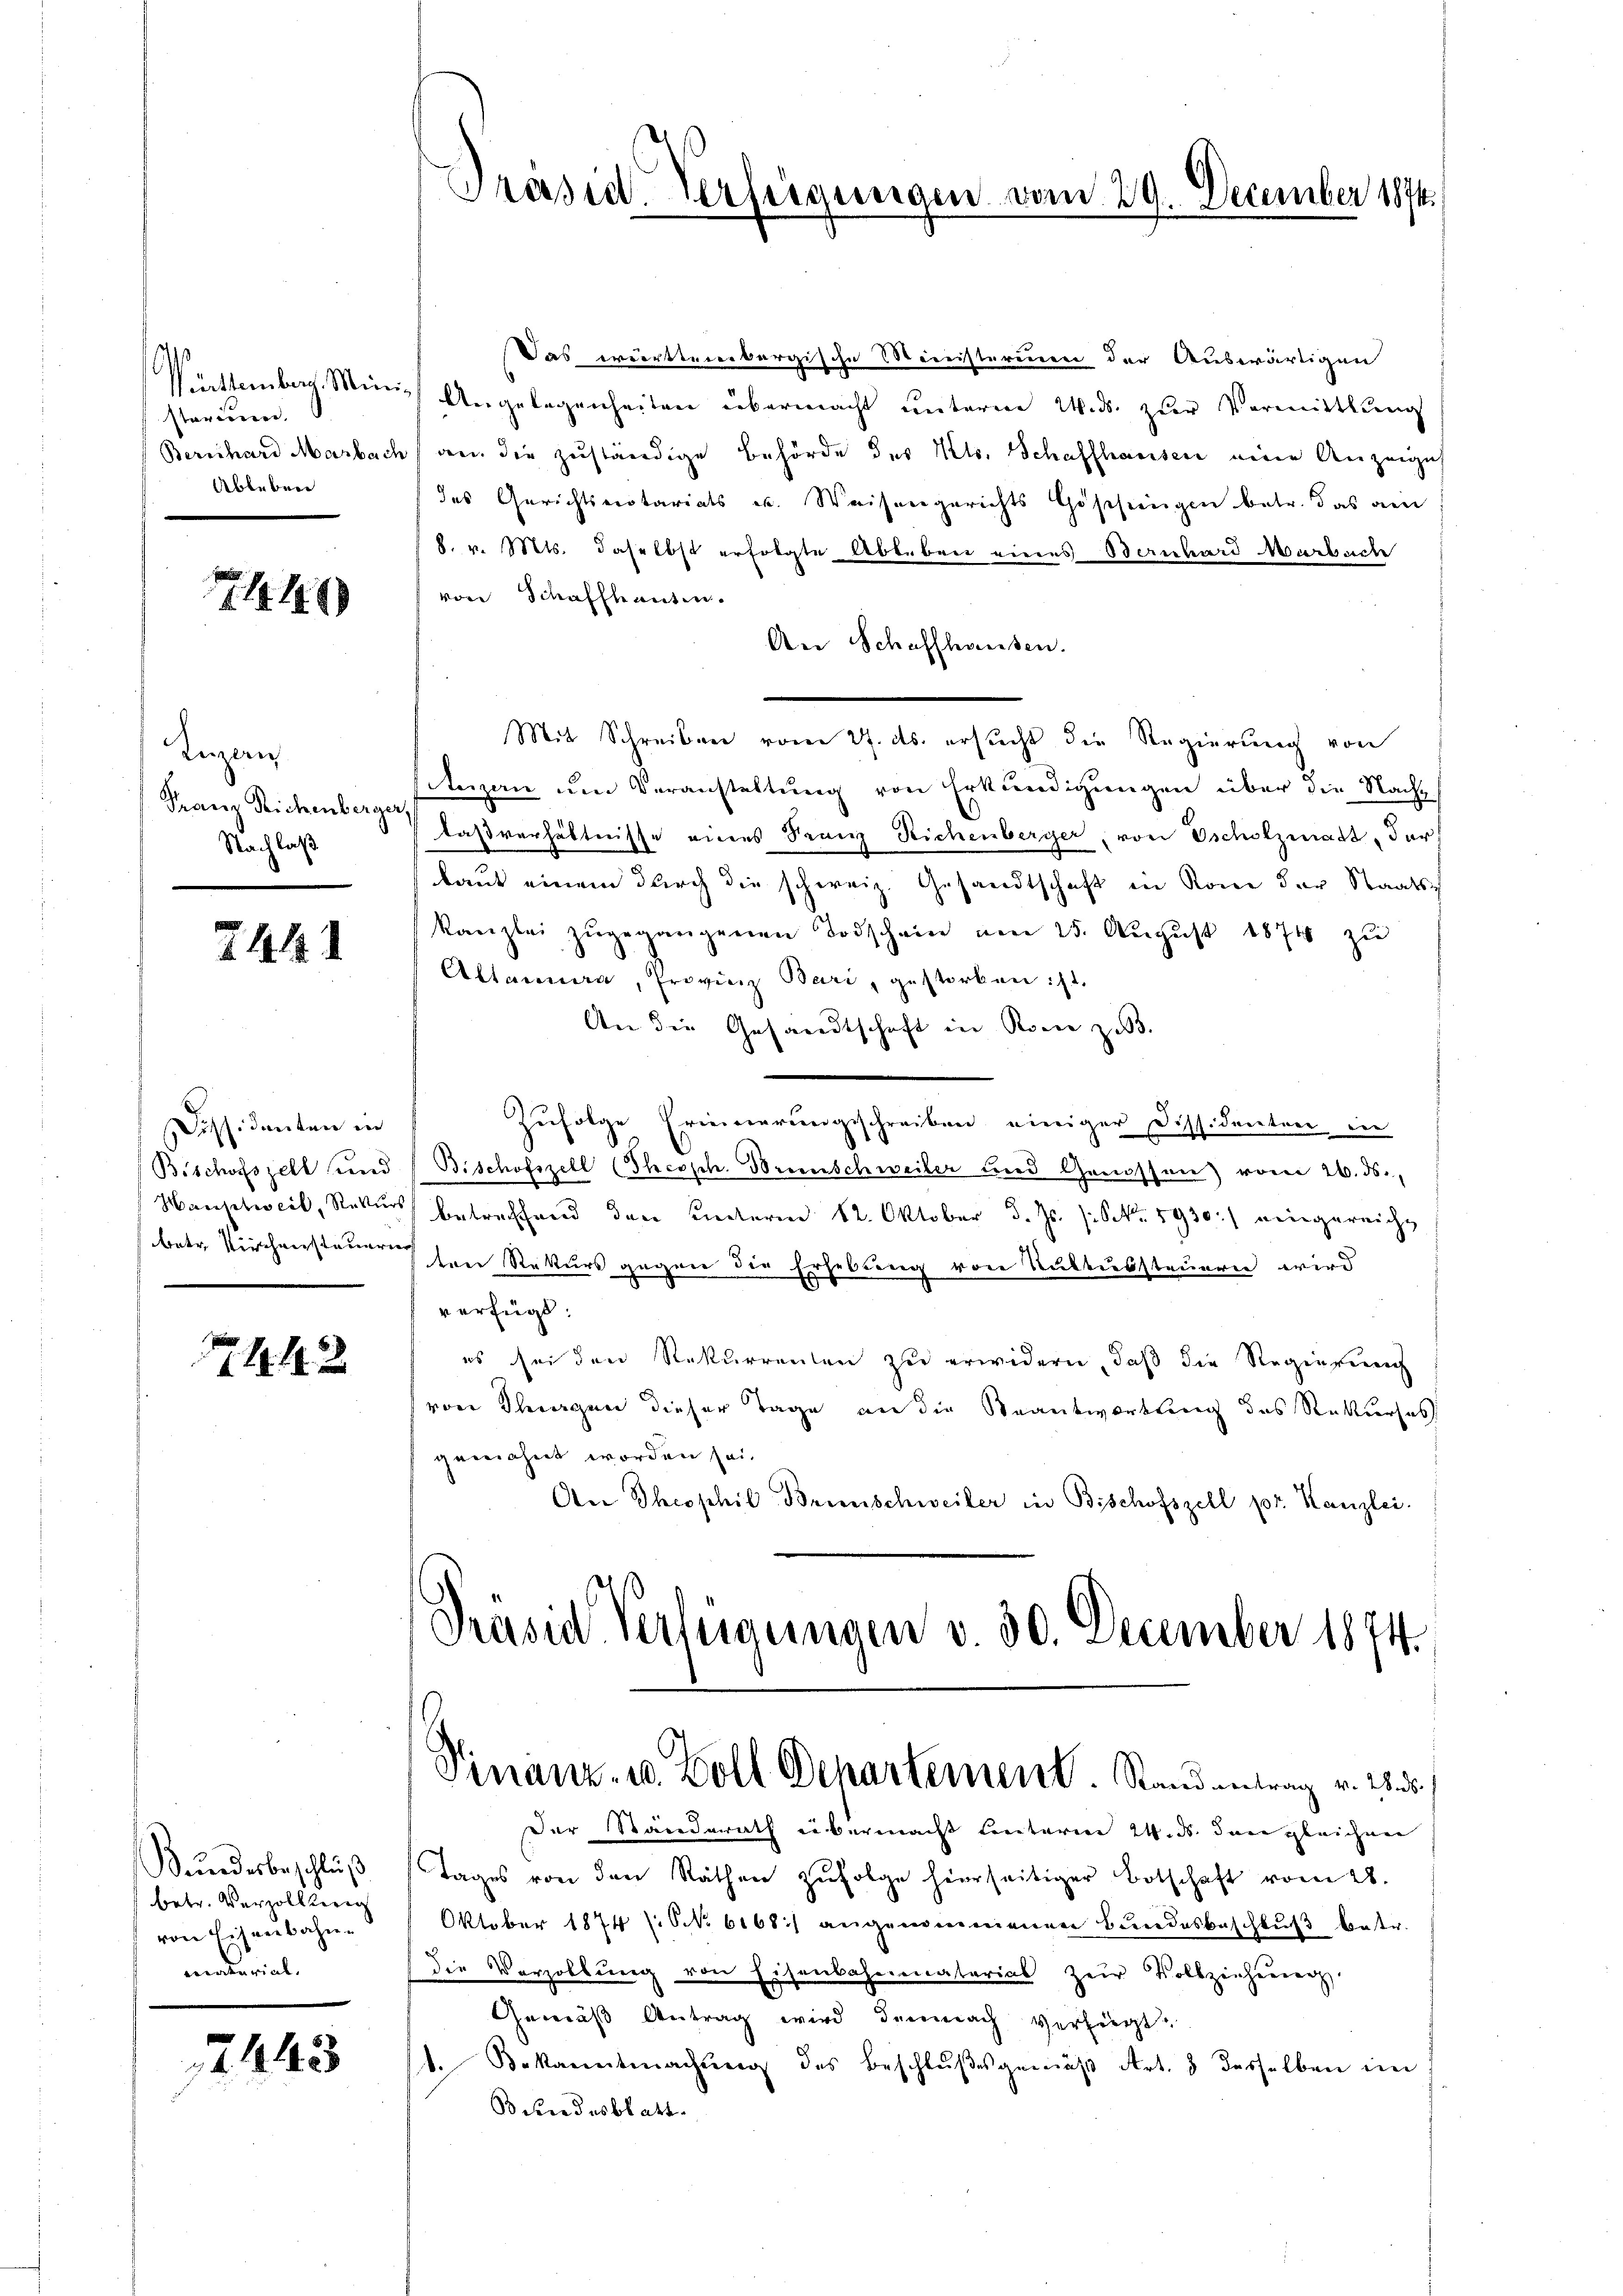
s
starium.
Ableben

71

Luzern
Franz Reichenberger,
Nachlaß

2441

Dessidenten in

142

Sundesbeschluß
betr. Verzöllung
von Eisenbahnmacarial.

7443

Präsid-Verfügungen vom 29. December 1874.

Das württembergische Ministerinnen der Auswärtigen
Prettemberg Minis Angelegenheiten übermacht unterm 24. ds. zŭr Vermittlung
Bernhard Marbach (an die zuständige Behörde des Kts. Schaffhausen eine Anzeiges
des Gerichtserotariats u. Weisengerichts Göschungen betr. das am
8. v. Mts. daselbst erfolgte Ableben eines Bernhard Marbache
von Schaffhanten.
An Schaffhausen.
Mit Schreiben vom 27. ds. ersucht die Regierung von
Rezan um Veranstaltung von Erkundigungen über die Nach
laßverhältnisse eines Franz Reichenberger, von Escholzmatt, dar
laut einem durch die schweiz. Gesandtschaft in Rom der Staatskanzlei zŭgegangenen Todschein am 25. Aŭgŭst 1874 zŭ
Altannen, Provinz Bari, gestorben ist.
An die Gesandtschaft in Konne zu.
Zufolge Erinnerungsschreiben einiger Dissidenten in
Bischofszell und Bischofszell (Theoph. Brunschweiler und Genossen vom 26. ds.,
Hauptweil, Rekurs betreffend den unterm 12. Oktober d. Js. (: S. 5930.) eingereicht
betr. Kirchensteuern sein Rekurs gegen die Erhebung von Kultussteuern wird
verfügt:
es sei den Rekurrenten zu erwidern, daß die Regierung
von Thurgen dieser Tage an die Beantwortung des Rekurses
gemahnt worden sei.
An Theophil Brinschweiler in Bischofszell pr. Kanzlei.

Präsid Verfügungen v. 30. December 1874.

Finanz- u. Zoll Departement. Randantrag v. 28. ds.

Der Standerath übermacht Centaren 24. ds. dann gleichen
Tages von den Räthen zufolge hierseitiger Botschaft vom 28.
Oktober 1874 (: No 6168) angenommenen Bŭndesbeschlŭβ betr.
die Verzöllung von Eisenbahnmaterial zur Vollzeichnung.
Gemäß Antrag wird demnach verfügt:
1. Bekanntmachŭng des Beschlŭβesgemäß Art. 3 desselben im
Besendesblatt.